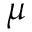
\mu